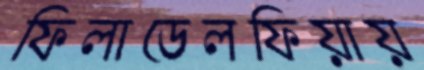
ফিলাডেলফিয়ায়